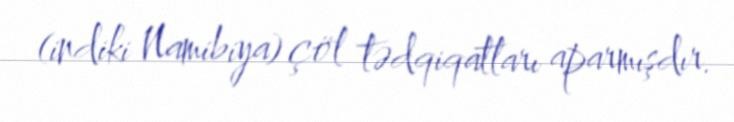
(indiki Namibiya) çöl tədqiqatları aparmışdır.